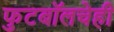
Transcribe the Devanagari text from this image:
फुटबॉलचेही